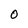
Character: O